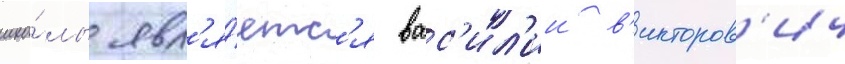
шко́лы явл'я́етс'я вас'ил'ии в'икторов'ич